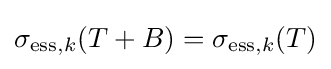
\sigma _{\mathrm {ess} ,k}(T+B)=\sigma _{\mathrm {ess} ,k}(T)